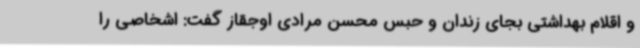
و اقلام بهداشتی بجای زندان و حبس محسن مرادی اوجقاز گفت: اشخاصی را